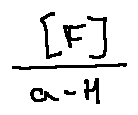
\frac { [ F ] } { a - H }